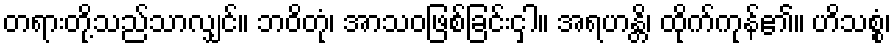
တရားတို့သည်သာလျှင်။ ဘဝိတုံ၊ အာသဝဖြစ်ခြင်းငှါ။ အရဟန္တိ၊ ထိုက်ကုန်၏။ ဟိသစ္စံ၊